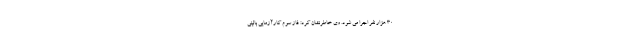
30 هزار نفر اجرا می شود. وی خاطرنشان کرد: فاز سوم کارآزمایی بالینی